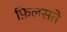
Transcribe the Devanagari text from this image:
फ़िलसते